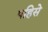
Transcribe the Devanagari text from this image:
पहिसे